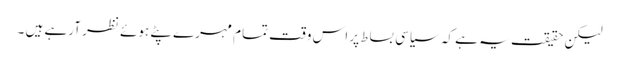
لیکن حقیقت یہ ہے کہ سیاسی بساط پر اس وقت تمام مہرے پٹے ہوئے نظر آرہے ہیں ۔